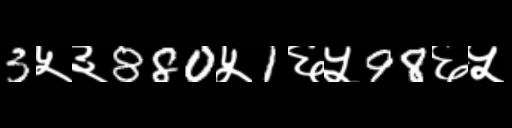
Text: 3५३880५1६५98६५